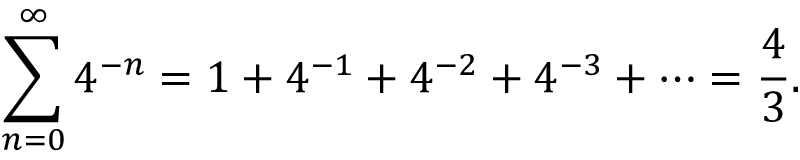
\sum _ { n = 0 } ^ { \infty } 4 ^ { - n } = 1 + 4 ^ { - 1 } + 4 ^ { - 2 } + 4 ^ { - 3 } + \cdots = { \frac { 4 } { 3 } } .